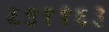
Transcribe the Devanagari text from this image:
६९११६३